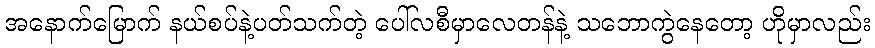
အနောက်မြောက် နယ်စပ်နဲ့ပတ်သက်တဲ့ ပေါ်လစီမှာလေတန်နဲ့ သဘောကွဲနေတော့ ဟိုမှာလည်း